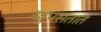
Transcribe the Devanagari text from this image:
खुपसतात